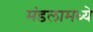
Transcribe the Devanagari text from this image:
मंडलामध्ये